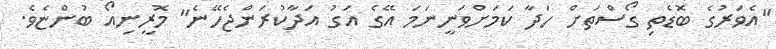
"އެވަރުގެ ބޮޑެތި ގޯސްތަށް ހަދާ ކަމަށްވަނީނަމަ އޭގެ އަގު އަދާކުރަންޖެހޭނެ" މޮރީނިއޯ ބުންޏެވެ.